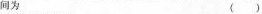
间为 ()